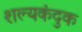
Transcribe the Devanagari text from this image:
शल्यकंदुक